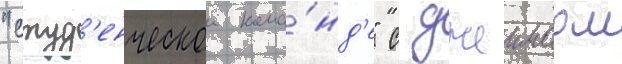
"студ'енческои кома́нд'е" с джеимсом